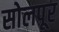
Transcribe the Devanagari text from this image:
सोलपूर